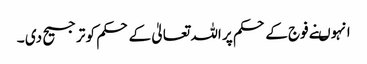
انہوںنے فوج کے حکم پر اللہ تعالیٰ کے حکم کو ترجیح دی ۔